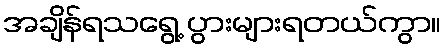
အချိန်ရသရွေ့ ပွားများရတယ်ကွာ။